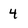
Character: 4